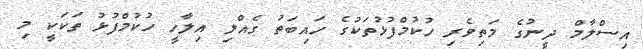
އިސްލާމް ދީނުގެ މަތިވެރި ހުކުމްފުޅުތަކުގެ ހައިބަތު ގެއްލި އިލާހީ ހުކުމްފުޅު ތަކަކީ މި